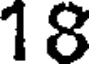
18